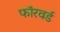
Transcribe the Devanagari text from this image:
फाॅरवर्ड